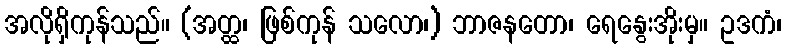
အလိုရှိကုန်သည်။ (အတ္ထ၊ ဖြစ်ကုန် သလော၊) ဘာဇနတော၊ ရေနွေးအိုးမှ။ ဥဒကံ၊